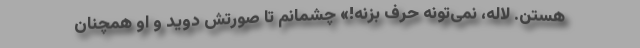
هستن. لاله، نمی‌تونه حرف بزنه!» چشمانم تا صورتش دوید و او همچنان